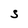
Character: S